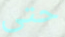
حتى